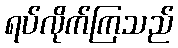
ရပ်လိုက်ကြသည်